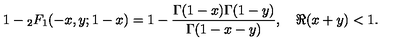
1 - { } _ { 2 } F _ { 1 } ( - x , y ; 1 - x ) = 1 - \frac { \Gamma ( 1 - x ) \Gamma ( 1 - y ) } { \Gamma ( 1 - x - y ) } , \quad \Re ( x + y ) < 1 .